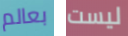
بعالم ليست